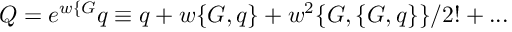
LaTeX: Q = e ^ { w \{ G } q \equiv q + w \{ G , q \} + w ^ { 2 } \{ G , \{ G , q \} \} / 2 ! + . . .